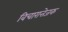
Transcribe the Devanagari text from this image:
विचारात्तेजक